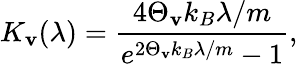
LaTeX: K_{\mathbf{v}}(\lambda)=\frac{{4\Theta_{\mathbf{v}}k_{B}\lambda/m}}{{e^{2\Theta_{\mathbf{v}}k_{B}\lambda/m}-1}},